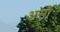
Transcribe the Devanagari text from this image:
असौ